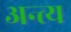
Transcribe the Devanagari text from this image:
अन्‍त्‍य